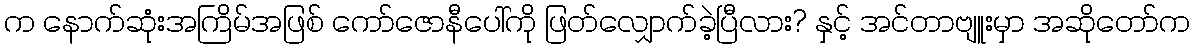
က နောက်ဆုံးအကြိမ်အဖြစ် ကော်ဇောနီပေါ်ကို ဖြတ်လျှောက်ခဲ့ပြီလား? နှင့် အင်တာဗျူးမှာ အဆိုတော်က